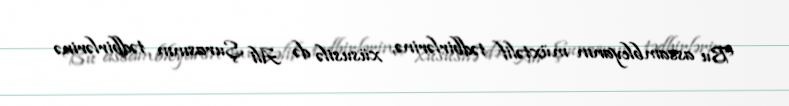
Bu assambleyanın müxtəlif tədbirlərinə, xüsusilə də Ali Şurasının tədbirlərinə